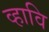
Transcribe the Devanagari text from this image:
व्हावि